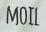
MOIL